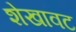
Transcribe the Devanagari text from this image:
शेखावट